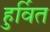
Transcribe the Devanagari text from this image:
हुर्वित